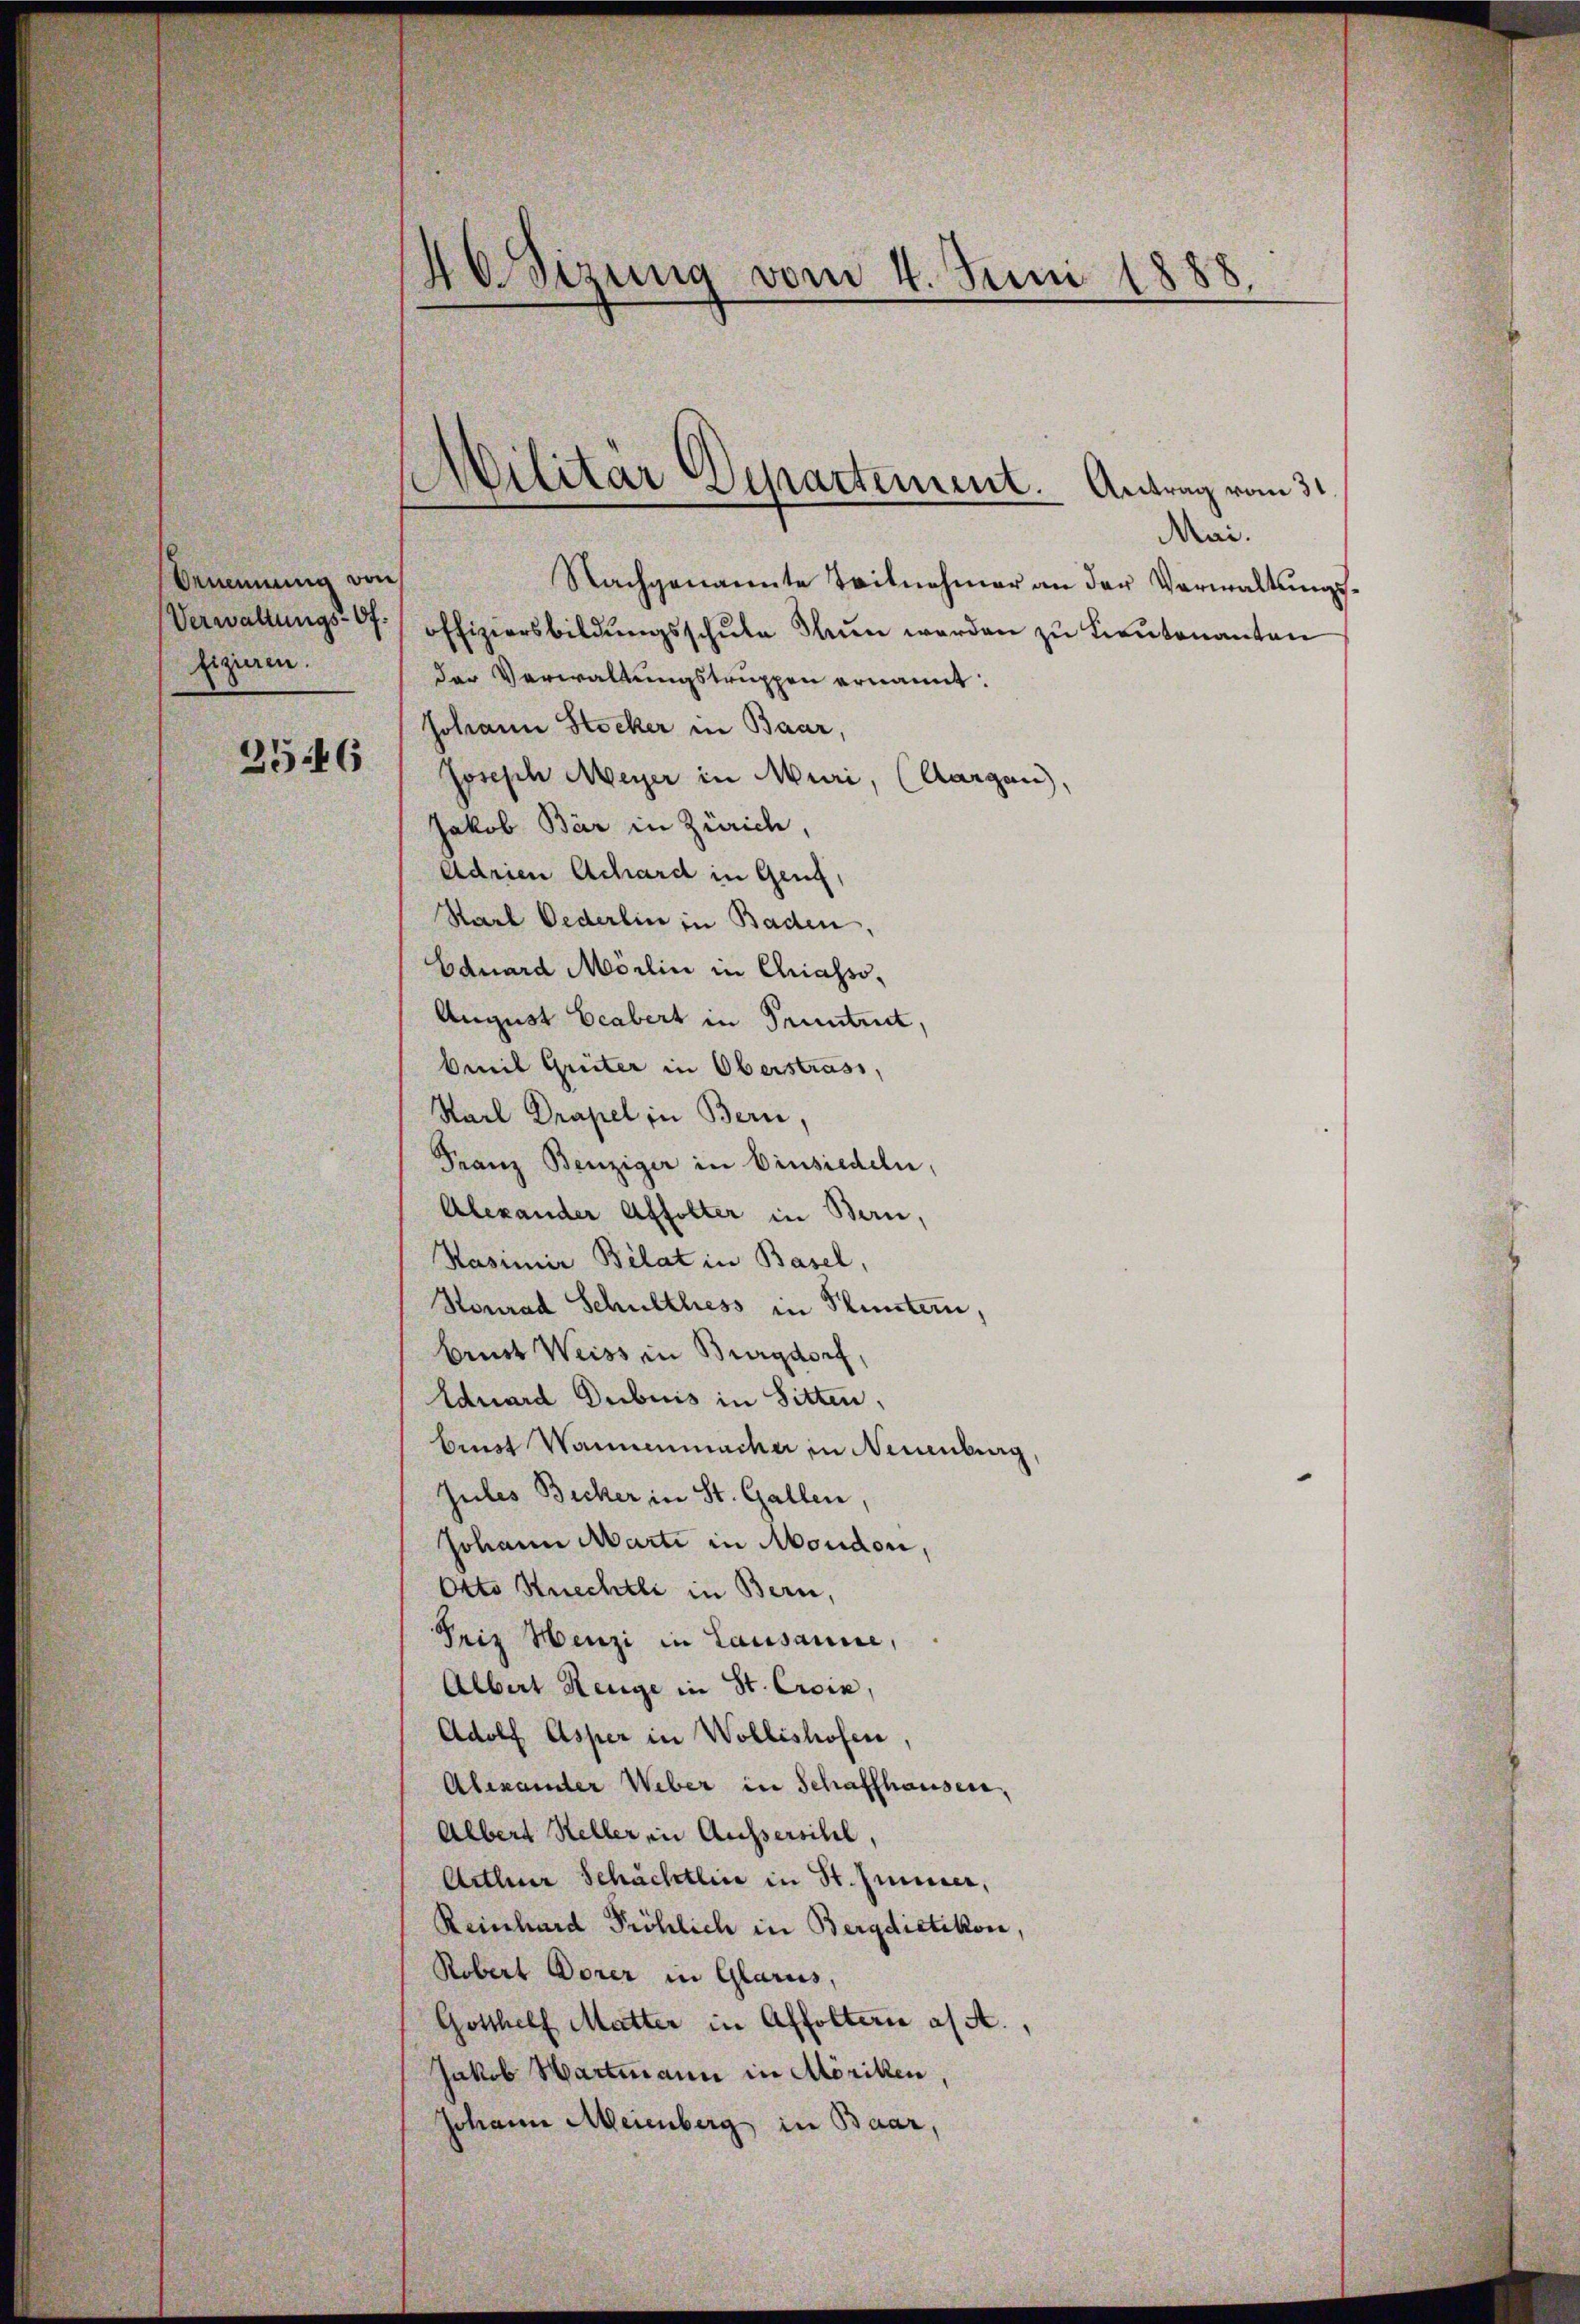
Ornennung von
fizieren.

Nachgenannte Teilnehmer an der Verwaltungs¬
Verwaltŭngs- offiziersbildŭngsschŭle Fŭn werden zu Lieutenanten
das Verwaltungstruppen ernannt:
Johann Stocker in Baar,
Joseph Meyer in Muri, (Aargau),
Jakob Bär in Zürich,
Adrien Achard in Genf,
Karl Oederlin in Baden,
Eduard Mörlin in Chriasso,
August beabert in Pruntrut,
bris Giiter in Oberstrass,
Karl Drapel in Bern,
Franz Benziger in Einsiedeln,
Alexander Affolter in Bern,
Kasimir Belat in Basel,
Stonrad Schulthess in Bluntern,
brust Weiss in Burgdorf,
Eduard Dubuis in Sitten,
bist Wannenmacher in Neuenburg,
Jules Becker in St. Gallen,
Johann Marti in Moudon,
Otto Knechtli in Bern,
Friz Henzi in Lausanne,
Albert Reuge in St. Croix,
Adolf Asper in Wollishofen,
Alexander Weber in Schaffhausen,
Albert Heller in Aussersihl,
Arthur Schächtlin in St. Gener,
Reinhard Pröhlich in Bergdietikon,
Robert Dorer in Glarus,
Gotthelf Mutter in Affoltern a/A.,
Jakob Hartmann in Möriken,
Johann Meienberg in Baar,

3546

46Sizung vom 4. Juni 1888.

Militär Departement. Antrag vom 31

dii.